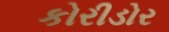
કોરીડોર